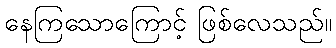
နေကြသောကြောင့် ဖြစ်လေသည်။